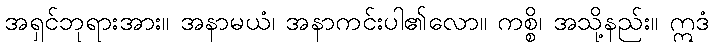
အရှင်ဘုရားအား။ အနာမယံ၊ အနာကင်းပါ၏လော။ ကစ္စိ၊ အသို့နည်း။ ဣဒံ